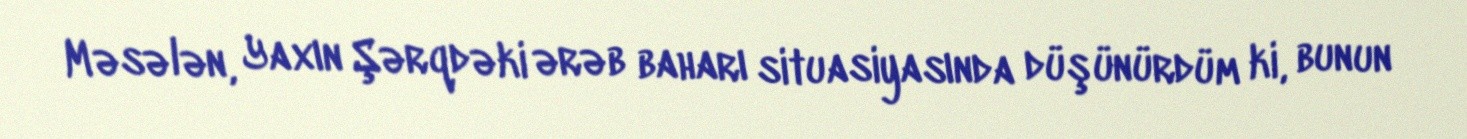
Məsələn, Yaxın Şərqdəki ərəb baharı situasiyasında düşünürdüm ki, bunun